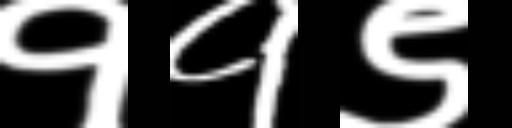
Text: ११९